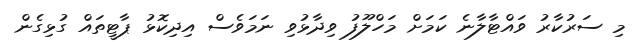
މި ސަރުކާރު ވައްޓާލާނެ ކަމަށް މަހްލޫފު ވިދާޅުވި ނަމަވެސް އިދިކޮޅު ޕާޓީތައް ގުޅިގެން